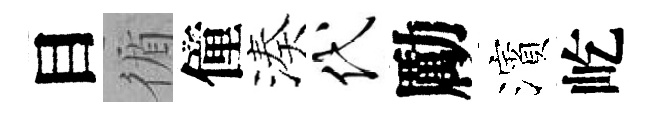
目循僮湊代勵濱屹